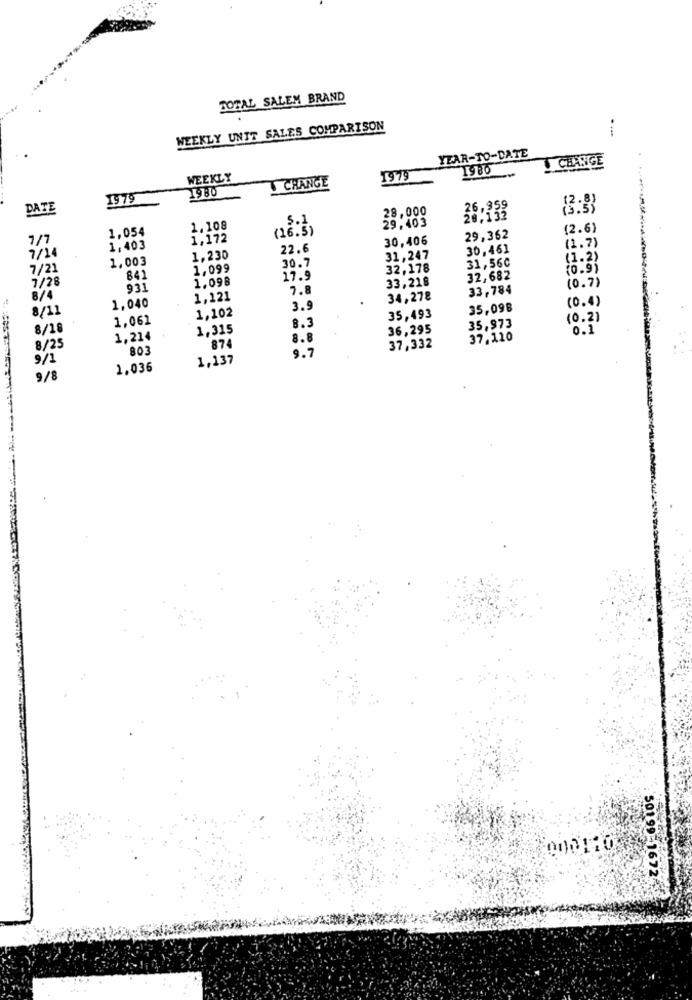
TOTAL SALEM BRAND
WEEKLY UNIT SALES COMPARISON
YEAR-TO-DATE
CHANGE
1980
WEEKLY
CHANGE
1979
1980
1979
DATE
28,000
26,959
5.1
29.403
20,132
1,054
1.108
(16.5)
(2.6)
1,172
30,406
29,362
1/7
1,403
22.6
30,461
(1.7)
7/14
1,003
1,230
30.7
31,247
31,560
(1.2)
7/21
1,099
32,178
10.95
7/28
841
1.098
17.9
33,218
32,682
(0 . 7)
931
7.8
33,784
8/4
1,040
1,121
34,278
(0.4)
8/11
3.
35,098
1,061
1,102
8.3
35,493
(0.2]
8/18
1,315
36,295
35,973
0.1
1,214
8.8
37.110
8/25
803
874
9.7
37,332
9/1
1,137
1.036
9/8
000124
50199-1672